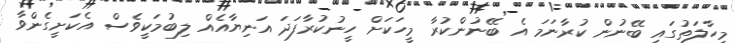
މިހާލަތުގައި ބޭނުން ކުރާނަމަ އެ ބޭނުންކުރާ މީހަކަށް ހީނުކުރާފަދަ އަނިޔާއެއް ލިބުމަކީވެސް އެކަށީގެންވާ